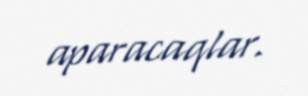
aparacaqlar.